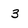
Character: 3